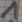
Text: 1